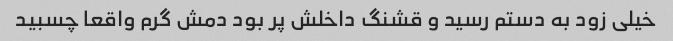
خیلی زود به دستم رسید و قشنگ داخلش پر بود دمش گرم واقعا چسبید